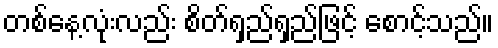
တစ်နေ့လုံးလည်း စိတ်ရှည်ရှည်ဖြင့် စောင့်သည်။